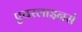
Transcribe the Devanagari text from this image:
एयरलाइनर्स